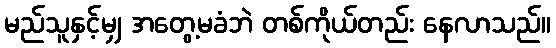
မည်သူနှင့်မျှ အတွေ့မခံဘဲ တစ်ကိုယ်တည်း နေလာသည်။